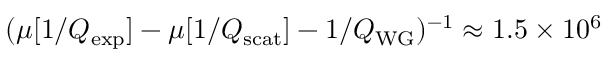
( \mu [ 1 / Q _ { \mathrm { e x p } } ] - \mu [ 1 / Q _ { \mathrm { s c a t } } ] - 1 / Q _ { \mathrm { W G } } ) ^ { - 1 } \approx 1 . 5 \times 1 0 ^ { 6 }